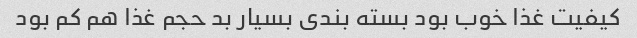
کیفیت غذا خوب بود بسته بندی بسیار بد حجم غذا هم کم بود